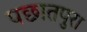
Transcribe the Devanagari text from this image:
पछातपुरा